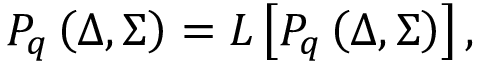
P _ { q } \left( \Delta , \Sigma \right) = { \cal L } \left[ P _ { q } \left( \Delta , \Sigma \right) \right] ,